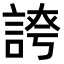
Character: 𧩊